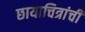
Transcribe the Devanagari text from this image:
छायाचित्रांची